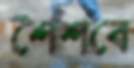
শৈশবে